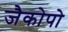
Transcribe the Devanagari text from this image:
जैकोपो